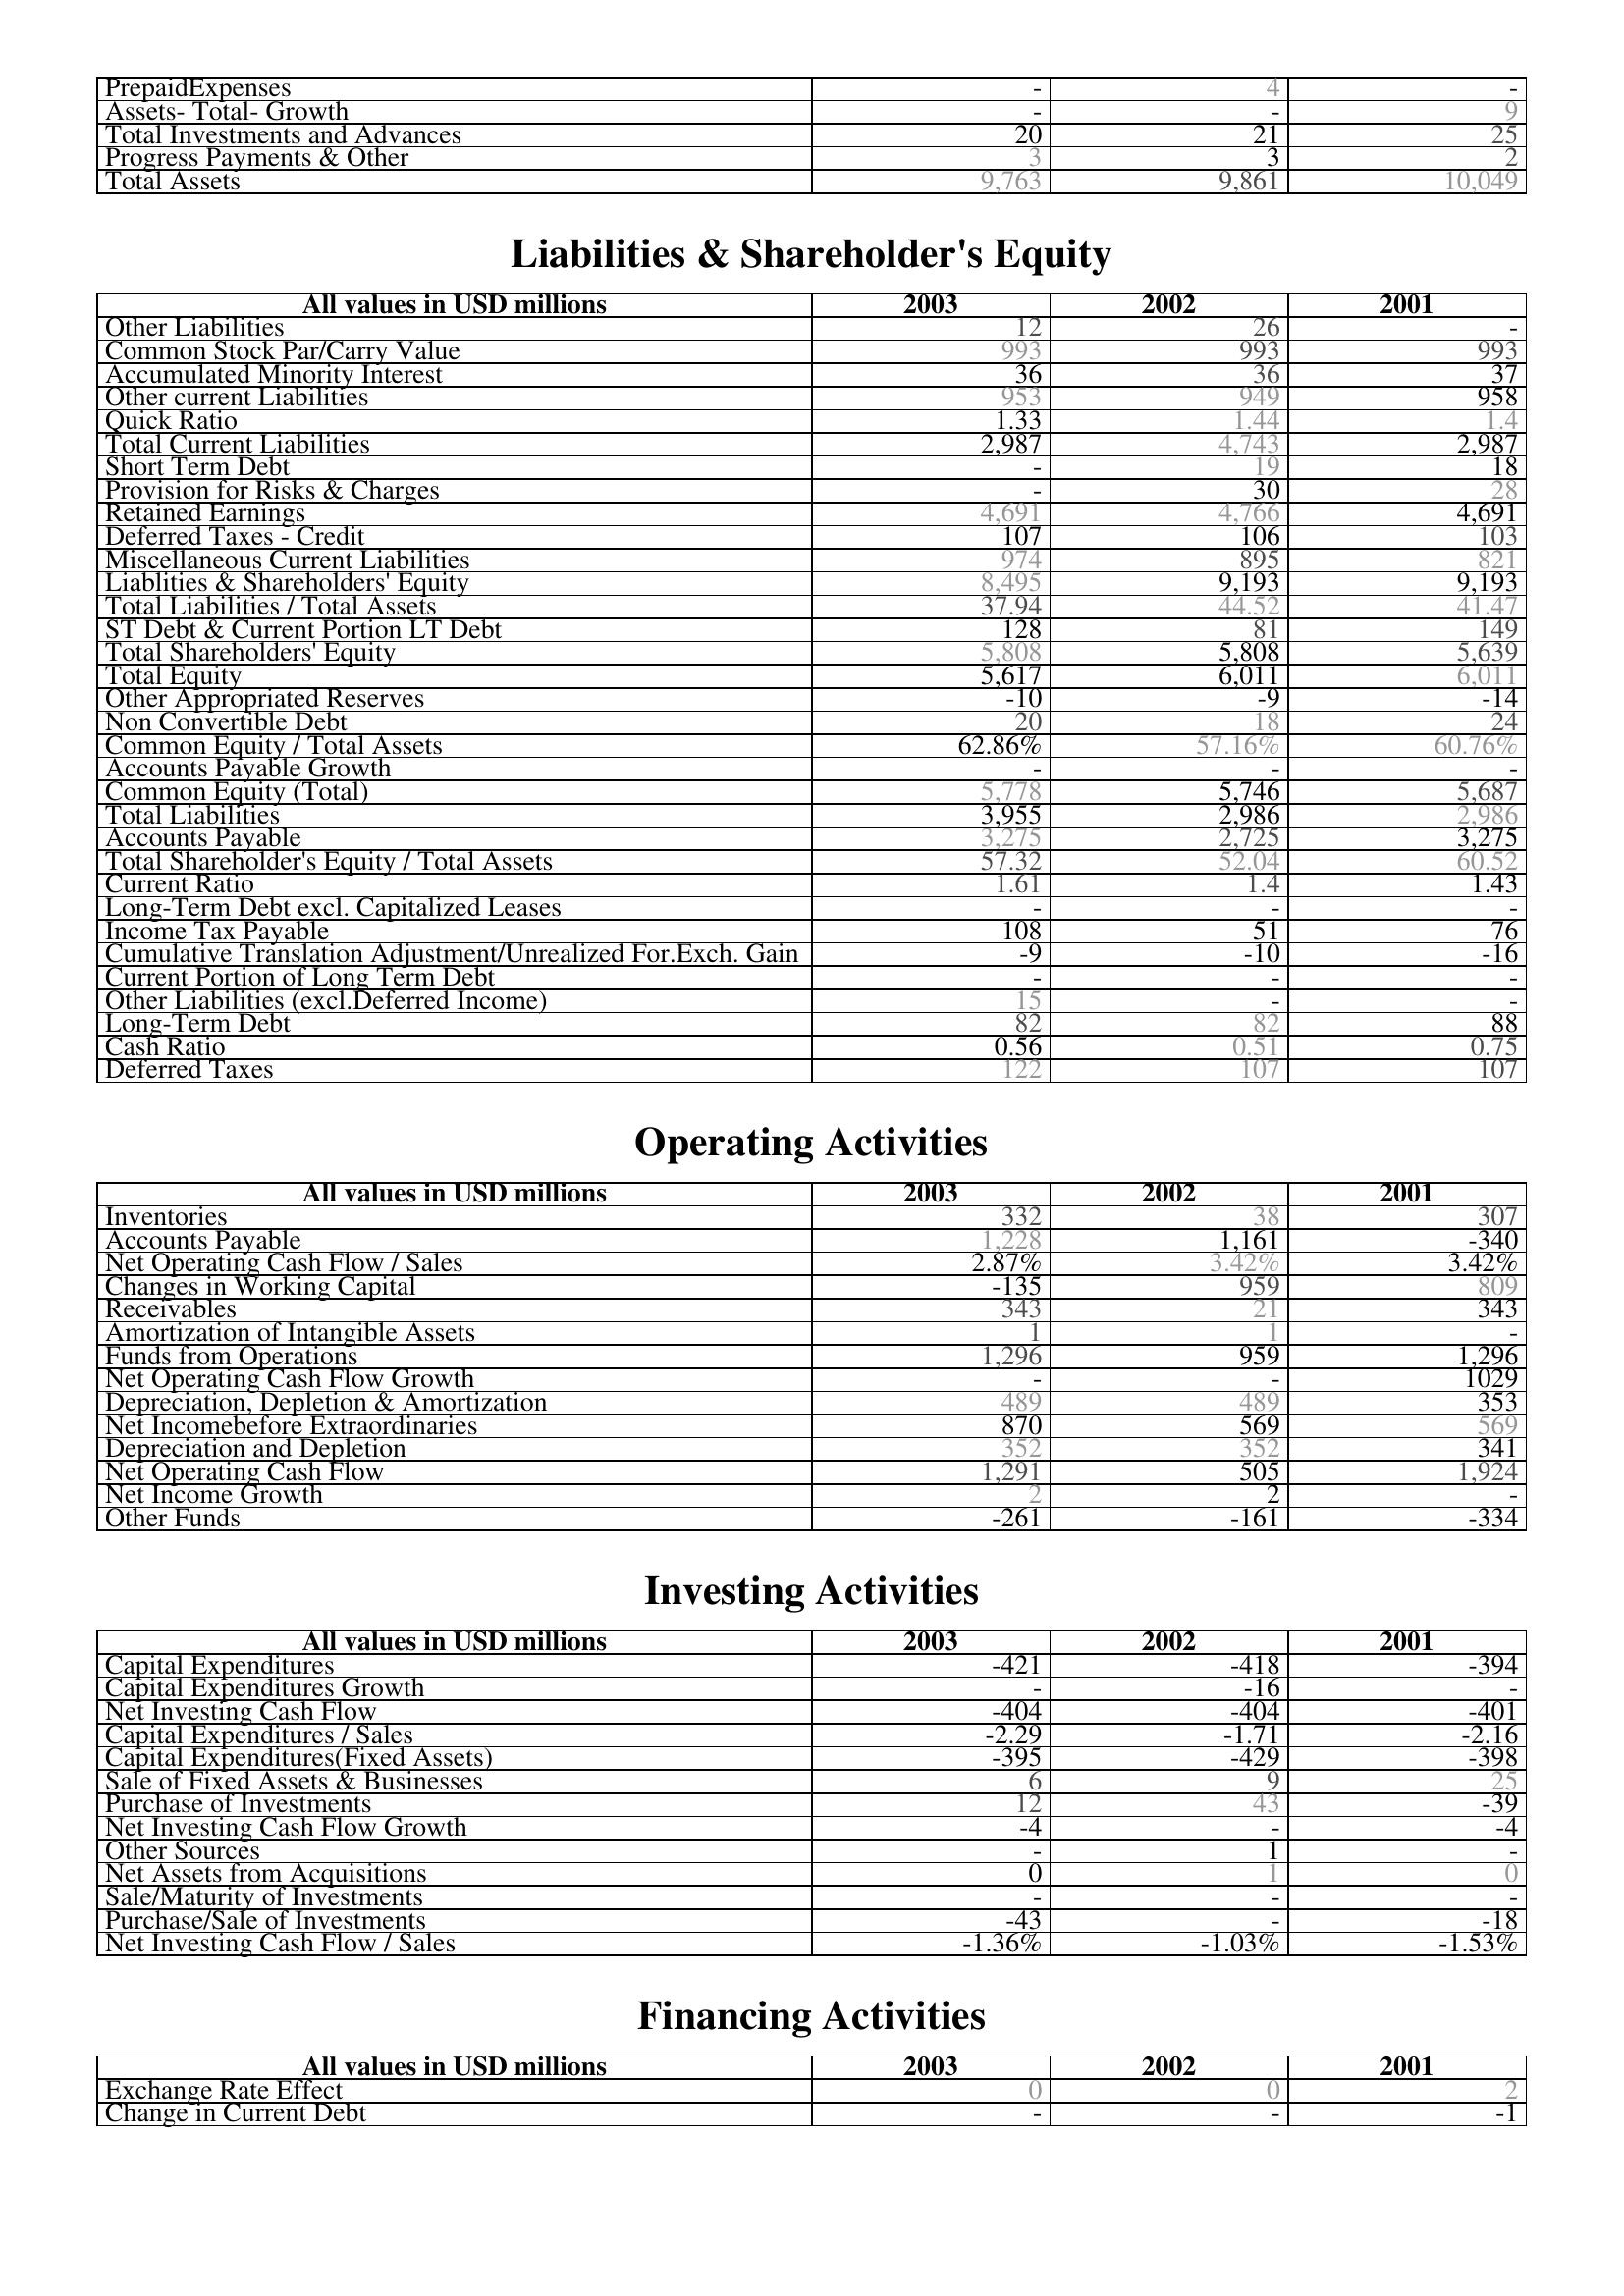
2003: Assets: PrepaidExpenses: -
Assets- Total- Growth: -
Total Investments and Advances: 20
Progress Payments & Other: 3
Total Assets: 9,763
Liabilities & Shareholder's Equity: Other Liabilities: 12
Common Stock Par/Carry Value: 993
Accumulated Minority Interest: 36
Other current Liabilities: 953
Quick Ratio: 1.33
Total Current Liabilities: 2,987
Short Term Debt: -
Provision for Risks & Charges: -
Retained Earnings: 4,691
Deferred Taxes - Credit: 107
Miscellaneous Current Liabilities: 974
Liablities & Shareholders' Equity: 8,495
Total Liabilities / Total Assets: 37.94
ST Debt & Current Portion LT Debt: 128
Total Shareholders' Equity: 5,808
Total Equity: 5,617
Other Appropriated Reserves: -10
Non Convertible Debt: 20
Common Equity / Total Assets: 62.86%
Accounts Payable Growth: -
Common Equity (Total): 5,778
Total Liabilities: 3,955
Accounts Payable: 3,275
Total Shareholder's Equity / Total Assets: 57.32
Current Ratio: 1.61
Long-Term Debt excl. Capitalized Leases: -
Income Tax Payable: 108
Cumulative Translation Adjustment/Unrealized For.Exch. Gain: -9
Current Portion of Long Term Debt: -
Other Liabilities (excl.Deferred Income): 15
Long-Term Debt: 82
Cash Ratio: 0.56
Deferred Taxes: 122
Operating Activities: Inventories: 332
Accounts Payable: 1,228
Net Operating Cash Flow / Sales: 2.87%
Changes in Working Capital: -135
Receivables: 343
Amortization of Intangible Assets: 1
Funds from Operations: 1,296
Net Operating Cash Flow Growth: -
Depreciation, Depletion & Amortization: 489
Net Incomebefore Extraordinaries: 870
Depreciation and Depletion: 352
Net Operating Cash Flow: 1,291
Net Income Growth: 2
Other Funds: -261
Investing Activities: Capital Expenditures: -421
Capital Expenditures Growth: -
Net Investing Cash Flow: -404
Capital Expenditures / Sales: -2.29
Capital Expenditures(Fixed Assets): -395
Sale of Fixed Assets & Businesses: 6
Purchase of Investments: 12
Net Investing Cash Flow Growth: -4
Other Sources: -
Net Assets from Acquisitions: 0
Sale/Maturity of Investments: -
Purchase/Sale of Investments: -43
Net Investing Cash Flow / Sales: -1.36%
Financing Activities: Exchange Rate Effect: 0
Change in Current Debt: -
2002: Assets: PrepaidExpenses: 4
Assets- Total- Growth: -
Total Investments and Advances: 21
Progress Payments & Other: 3
Total Assets: 9,861
Liabilities & Shareholder's Equity: Other Liabilities: 26
Common Stock Par/Carry Value: 993
Accumulated Minority Interest: 36
Other current Liabilities: 949
Quick Ratio: 1.44
Total Current Liabilities: 4,743
Short Term Debt: 19
Provision for Risks & Charges: 30
Retained Earnings: 4,766
Deferred Taxes - Credit: 106
Miscellaneous Current Liabilities: 895
Liablities & Shareholders' Equity: 9,193
Total Liabilities / Total Assets: 44.52
ST Debt & Current Portion LT Debt: 81
Total Shareholders' Equity: 5,808
Total Equity: 6,011
Other Appropriated Reserves: -9
Non Convertible Debt: 18
Common Equity / Total Assets: 57.16%
Accounts Payable Growth: -
Common Equity (Total): 5,746
Total Liabilities: 2,986
Accounts Payable: 2,725
Total Shareholder's Equity / Total Assets: 52.04
Current Ratio: 1.4
Long-Term Debt excl. Capitalized Leases: -
Income Tax Payable: 51
Cumulative Translation Adjustment/Unrealized For.Exch. Gain: -10
Current Portion of Long Term Debt: -
Other Liabilities (excl.Deferred Income): -
Long-Term Debt: 82
Cash Ratio: 0.51
Deferred Taxes: 107
Operating Activities: Inventories: 38
Accounts Payable: 1,161
Net Operating Cash Flow / Sales: 3.42%
Changes in Working Capital: 959
Receivables: 21
Amortization of Intangible Assets: 1
Funds from Operations: 959
Net Operating Cash Flow Growth: -
Depreciation, Depletion & Amortization: 489
Net Incomebefore Extraordinaries: 569
Depreciation and Depletion: 352
Net Operating Cash Flow: 505
Net Income Growth: 2
Other Funds: -161
Investing Activities: Capital Expenditures: -418
Capital Expenditures Growth: -16
Net Investing Cash Flow: -404
Capital Expenditures / Sales: -1.71
Capital Expenditures(Fixed Assets): -429
Sale of Fixed Assets & Businesses: 9
Purchase of Investments: 43
Net Investing Cash Flow Growth: -
Other Sources: 1
Net Assets from Acquisitions: 1
Sale/Maturity of Investments: -
Purchase/Sale of Investments: -
Net Investing Cash Flow / Sales: -1.03%
Financing Activities: Exchange Rate Effect: 0
Change in Current Debt: -
2001: Assets: PrepaidExpenses: -
Assets- Total- Growth: 9
Total Investments and Advances: 25
Progress Payments & Other: 2
Total Assets: 10,049
Liabilities & Shareholder's Equity: Other Liabilities: -
Common Stock Par/Carry Value: 993
Accumulated Minority Interest: 37
Other current Liabilities: 958
Quick Ratio: 1.4
Total Current Liabilities: 2,987
Short Term Debt: 18
Provision for Risks & Charges: 28
Retained Earnings: 4,691
Deferred Taxes - Credit: 103
Miscellaneous Current Liabilities: 821
Liablities & Shareholders' Equity: 9,193
Total Liabilities / Total Assets: 41.47
ST Debt & Current Portion LT Debt: 149
Total Shareholders' Equity: 5,639
Total Equity: 6,011
Other Appropriated Reserves: -14
Non Convertible Debt: 24
Common Equity / Total Assets: 60.76%
Accounts Payable Growth: -
Common Equity (Total): 5,687
Total Liabilities: 2,986
Accounts Payable: 3,275
Total Shareholder's Equity / Total Assets: 60.52
Current Ratio: 1.43
Long-Term Debt excl. Capitalized Leases: -
Income Tax Payable: 76
Cumulative Translation Adjustment/Unrealized For.Exch. Gain: -16
Current Portion of Long Term Debt: -
Other Liabilities (excl.Deferred Income): -
Long-Term Debt: 88
Cash Ratio: 0.75
Deferred Taxes: 107
Operating Activities: Inventories: 307
Accounts Payable: -340
Net Operating Cash Flow / Sales: 3.42%
Changes in Working Capital: 809
Receivables: 343
Amortization of Intangible Assets: -
Funds from Operations: 1,296
Net Operating Cash Flow Growth: 1029
Depreciation, Depletion & Amortization: 353
Net Incomebefore Extraordinaries: 569
Depreciation and Depletion: 341
Net Operating Cash Flow: 1,924
Net Income Growth: -
Other Funds: -334
Investing Activities: Capital Expenditures: -394
Capital Expenditures Growth: -
Net Investing Cash Flow: -401
Capital Expenditures / Sales: -2.16
Capital Expenditures(Fixed Assets): -398
Sale of Fixed Assets & Businesses: 25
Purchase of Investments: -39
Net Investing Cash Flow Growth: -4
Other Sources: -
Net Assets from Acquisitions: 0
Sale/Maturity of Investments: -
Purchase/Sale of Investments: -18
Net Investing Cash Flow / Sales: -1.53%
Financing Activities: Exchange Rate Effect: 2
Change in Current Debt: -1